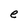
Character: e